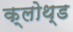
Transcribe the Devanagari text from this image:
क्लोथ्ड